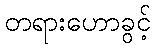
တရားဟောခွင့်